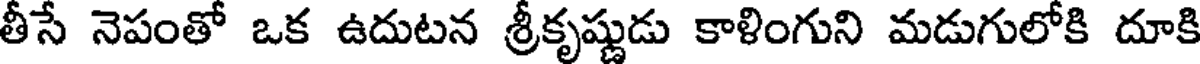
తీసే నెపంతో ఒక ఉదుటన శ్రీకృష్ణుడు కాళింగుని మడుగులోకి దూకి